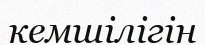
кемшілігін